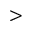
>